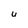
Character: U